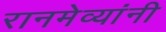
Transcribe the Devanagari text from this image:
रानमेव्यांनी